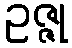
ဥဇ္ဇု